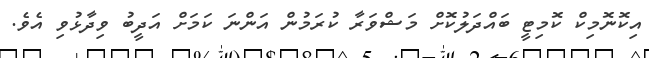
އިކޮނޮމިކް ކޮމިޓީ ބައްދަލުކޮށް މަޝްވަރާ ކުރަމުން އަންނަ ކަމަށް އަދީބު ވިދާޅުވި އެވެ.